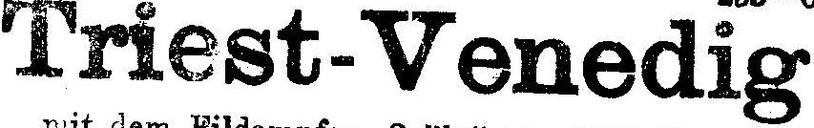
Triest-Venedig